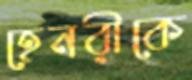
হেনরীকে